Madras plague regulations and rules for the inspection of inward and outward bound vessels - Volume 1
Disease focus: Plague
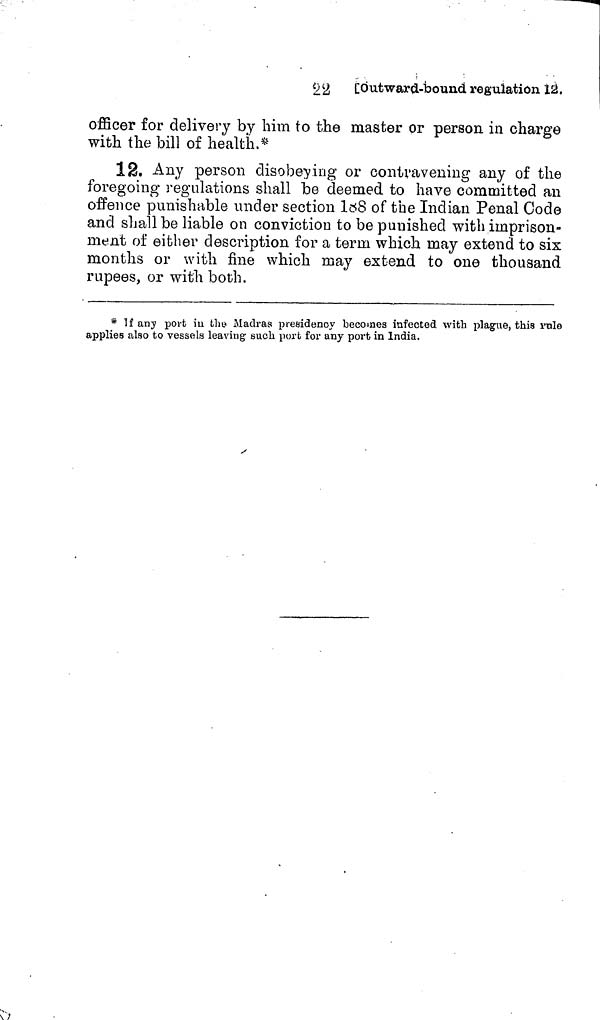
22 [Outward-bound regulation 12.
officer for delivery by him to the master or person in charge
with the bill of health.*
12. Any person disobeying or contravening any of the
foregoing regulations shall be deemed to have committed an
offence punishable under section 188 of the Indian Penal Code
and shall be liable on conviction to be punished with imprison-
ment of either description for a term which may extend to six
months or with fine which may extend to one thousand
rupees, or with both.
* If any port in the Madras presidency becomes infected with plague, this rule
applies also to vessels leaving such port for any port in India.